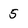
Character: 5